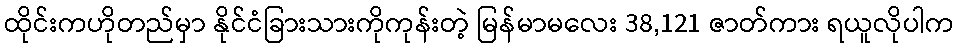
ထိုင်းကဟိုတည်မှာ နိုင်ငံခြားသားကိုကုန်းတဲ့ မြန်မာမလေး 38,121 ဇာတ်ကား ရယူလိုပါက